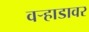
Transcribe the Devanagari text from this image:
वर्‍हाडावर